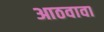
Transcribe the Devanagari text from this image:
आठवावा